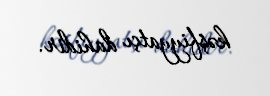
kəşfiyyatçı dahidir.